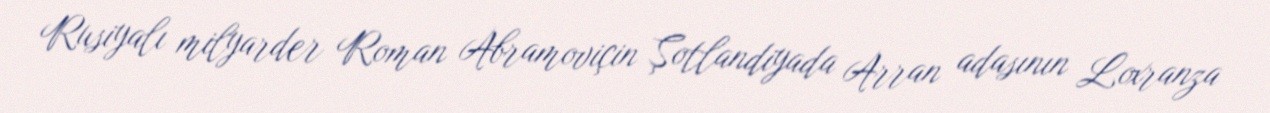
Rusiyalı milyarder Roman Abramoviçin Şotlandiyada Arran adasının Loxranza